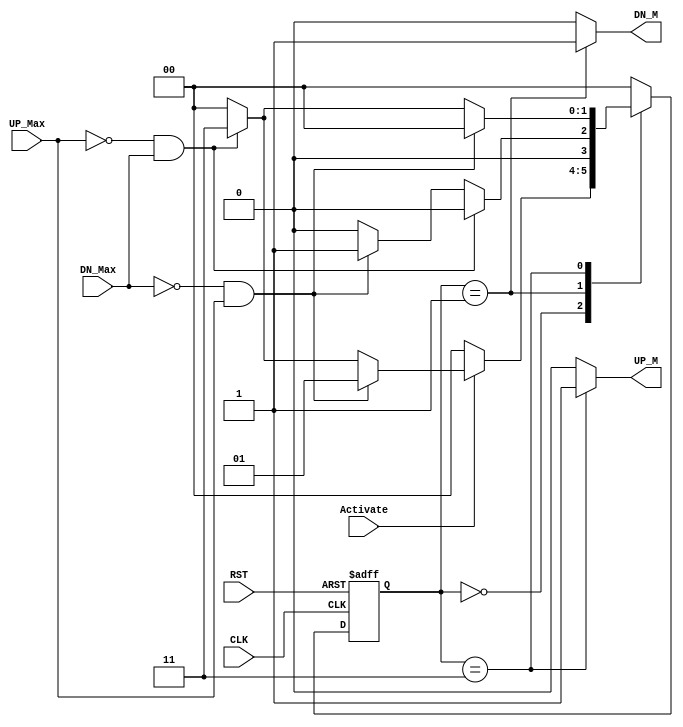
module AGDC (
 input wire           UP_Max,DN_Max,Activate,CLK,RST,
 output reg          UP_M,DN_M
);

reg       [1:0]        current_state, next_state ;

localparam          IDLE=2'b00 ,
                          Mv_Dn=2'b01 ,
						  Mv_Up=2'b11 ;

always @(posedge CLK or negedge RST)
 begin
     if (!RST)
	  begin
	     current_state<=IDLE ;
	  end
	  
	 else
	  begin
	     current_state<=next_state ;
	  end
	  
 end						  
 
always @(*)
 begin
     UP_M=1'b0 ;
     DN_M=1'b0 ;

	 case (current_state)
	 IDLE : begin
	           if (Activate)
	            begin
	             if(UP_Max & ! DN_Max)		   
			      begin
				     next_state=Mv_Dn ;
				  end
				  
				 else if (DN_Max & ! UP_Max)
				  begin
				     next_state=Mv_Up ;
				  end
				 
				 else next_state=IDLE ;
				 
			    end
			   
			   else next_state=IDLE ;
			  end

	 Mv_Dn : begin
	              
				  UP_M=1'b0 ;
				  DN_M=1'b1 ;
				  
				  if (DN_Max & ! UP_Max)
	               begin
				     next_state=IDLE ;
				   end
				  
				  else if (UP_Max & ! DN_Max)
				   begin
				     next_state=Mv_Dn ;
				   end
	 
	              else next_state=IDLE ;
				 end
	 
	 Mv_Up : begin if (! DN_Max &  UP_Max)
	                       begin
				             next_state=IDLE ;
				           end
				  
				          else if (! UP_Max &  DN_Max)
				            begin
				             next_state=Mv_Up ;
					         UP_M=1'b1 ;
					         DN_M=1'b0 ;
				            end
	 
	                      else next_state=IDLE ;
						  
						  UP_M=1'b1 ;
						  DN_M=1'b0 ;
				 end
				 
	 default : begin
                     UP_M=1'b0 ;
                     DN_M=1'b0 ;
					 next_state=IDLE ;
				  end	 
	 
	 endcase
 end

endmodule